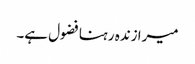
میرا زندہ رہنا فضول ہے۔